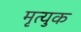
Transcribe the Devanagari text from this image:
मृत्युक